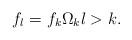
LaTeX: \begin{align*}f_l=f_k\Omega_k l>k.\end{align*}